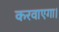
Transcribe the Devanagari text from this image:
करवाएगा।